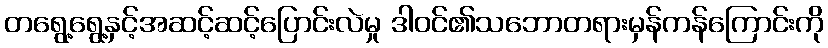
တရွေ့ရွေ့နှင့်အဆင့်ဆင့်ပြောင်းလဲမှု ဒါဝင်၏သဘောတရားမှန်ကန်ကြောင်းကို